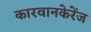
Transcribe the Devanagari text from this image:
कारवानकेरेंज